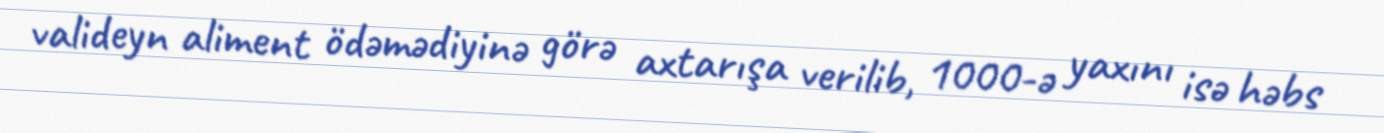
valideyn aliment ödəmədiyinə görə axtarışa verilib, 1000-ə yaxını isə həbs